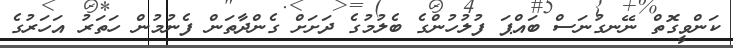
ކަންވީގޮތް ނޭނގުނަސް ބައްޕަ ފުލުހުންގެ ބެލުމުގެ ދަށަށް ގެންދާތަން ފެނުމުން ހަތަރު އަހަރުގެ